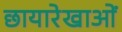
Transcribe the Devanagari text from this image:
छायारेखाओं